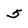
Character: 5